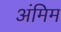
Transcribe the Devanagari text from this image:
अंमिम